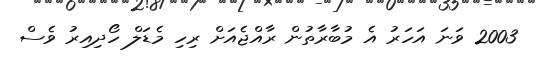
2003 ވަނަ އަހަރު އެ މުބާރާތުން ރާއްޖެއަށް ރިހި މެޑަލް ހޯދިއިރު ވެސް